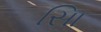
સાિ